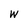
Character: W